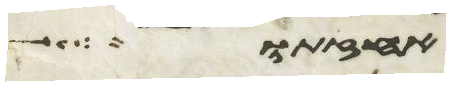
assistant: אחזתו